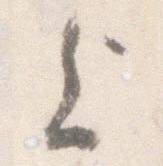
上